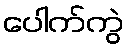
ပေါက်ကွဲ